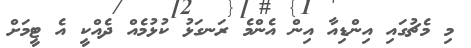
މި މެޗުގައި އިންޑިއާ އިން އެންމެ ރަނގަޅު ކުޅުމެއް ދެއްކީ އެ ޓީމަށް